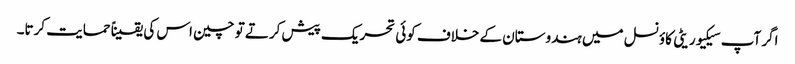
اگر آپ سیکیوریٹی کاؤنسل میں ہندوستان کے خلاف کوئی تحریک پیش کرتے تو چین اس کی یقیناً حمایت کرتا۔